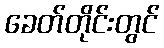
ခေတ်တိုင်းတွင်